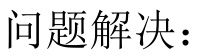
问题解决：